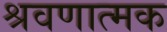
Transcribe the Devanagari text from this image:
श्रवणात्मक